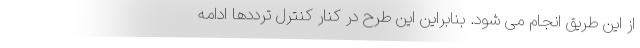
از این طریق انجام می شود. بنابراین این طرح در کنار کنترل ترددها ادامه